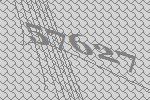
57627